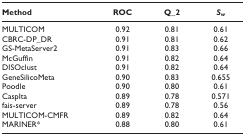
<table><thead><tr><td><b>Method</b></td><td><b>ROC</b></td><td><b>Q_2</b></td><td><b><i>S</i><sub><i>w</i></sub></b></td></tr></thead><tbody><tr><td>MULTICOM</td><td>0.92</td><td>0.81</td><td>0.61</td></tr><tr><td>CBRC-DP_DR</td><td>0.91</td><td>0.81</td><td>0.62</td></tr><tr><td>GS-MetaServer2</td><td>0.91</td><td>0.83</td><td>0.66</td></tr><tr><td>McGuffin</td><td>0.91</td><td>0.82</td><td>0.64</td></tr><tr><td>DISOclust</td><td>0.91</td><td>0.82</td><td>0.64</td></tr><tr><td>GeneSilicoMeta</td><td>0.90</td><td>0.83</td><td>0.655</td></tr><tr><td>Poodle</td><td>0.90</td><td>0.80</td><td>0.61</td></tr><tr><td>CaspIta</td><td>0.89</td><td>0.78</td><td>0.571</td></tr><tr><td>fais-server</td><td>0.89</td><td>0.78</td><td>0.56</td></tr><tr><td>MULTICOM-CMFR</td><td>0.89</td><td>0.82</td><td>0.64</td></tr><tr><td>MARINER*</td><td>0.88</td><td>0.80</td><td>0.61</td></tr></tbody></table>